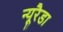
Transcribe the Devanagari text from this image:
न्यूरैडा